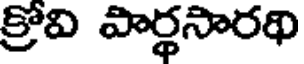
క్రోవి పార్థసారథి